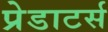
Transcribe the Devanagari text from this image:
प्रेडाटर्स